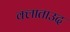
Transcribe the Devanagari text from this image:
क्लाताउद